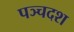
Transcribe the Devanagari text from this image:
पञ्चदश